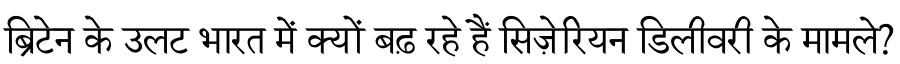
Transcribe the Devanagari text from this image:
ब्रिटेन के उलट भारत में क्यों बढ़ रहे हैं सिज़ेरियन डिलीवरी के मामले?